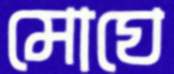
মোঘে